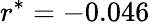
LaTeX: r^{*}=-0.046